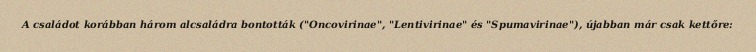
A családot korábban három alcsaládra bontották ("Oncovirinae", "Lentivirinae" és "Spumavirinae"), újabban már csak kettőre: